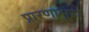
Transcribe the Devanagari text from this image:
प्रारणामुळे